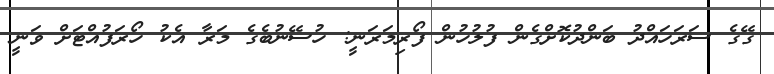
ގޭގެ ސަރަހައްދު ބަންދުކޮށްގެން ފުލުހުން ފޯރިމަރަނީ: ހުސޭނުބެގެ މަރާ އެކު ހޯރަފުއްޓަށް ވަނީ